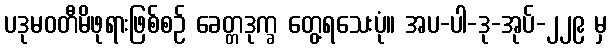
ပဒုမဝတီမိဖုရားဖြစ်စဉ် ခေတ္တဒုက္ခ တွေ့ရသေးပုံ။ အပ-ပါ-ဒု-အုပ်-၂၂၉ မှ